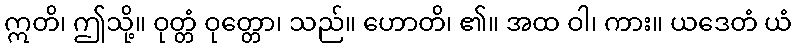
ဣတိ၊ ဤသို့။ ဝုတ္တံ ဝုတ္တော၊ သည်။ ဟောတိ၊ ၏။ အထ ဝါ၊ ကား။ ယဒေတံ ယံ